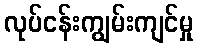
လုပ်ငန်းကျွမ်းကျင်မှု